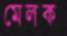
মেলক